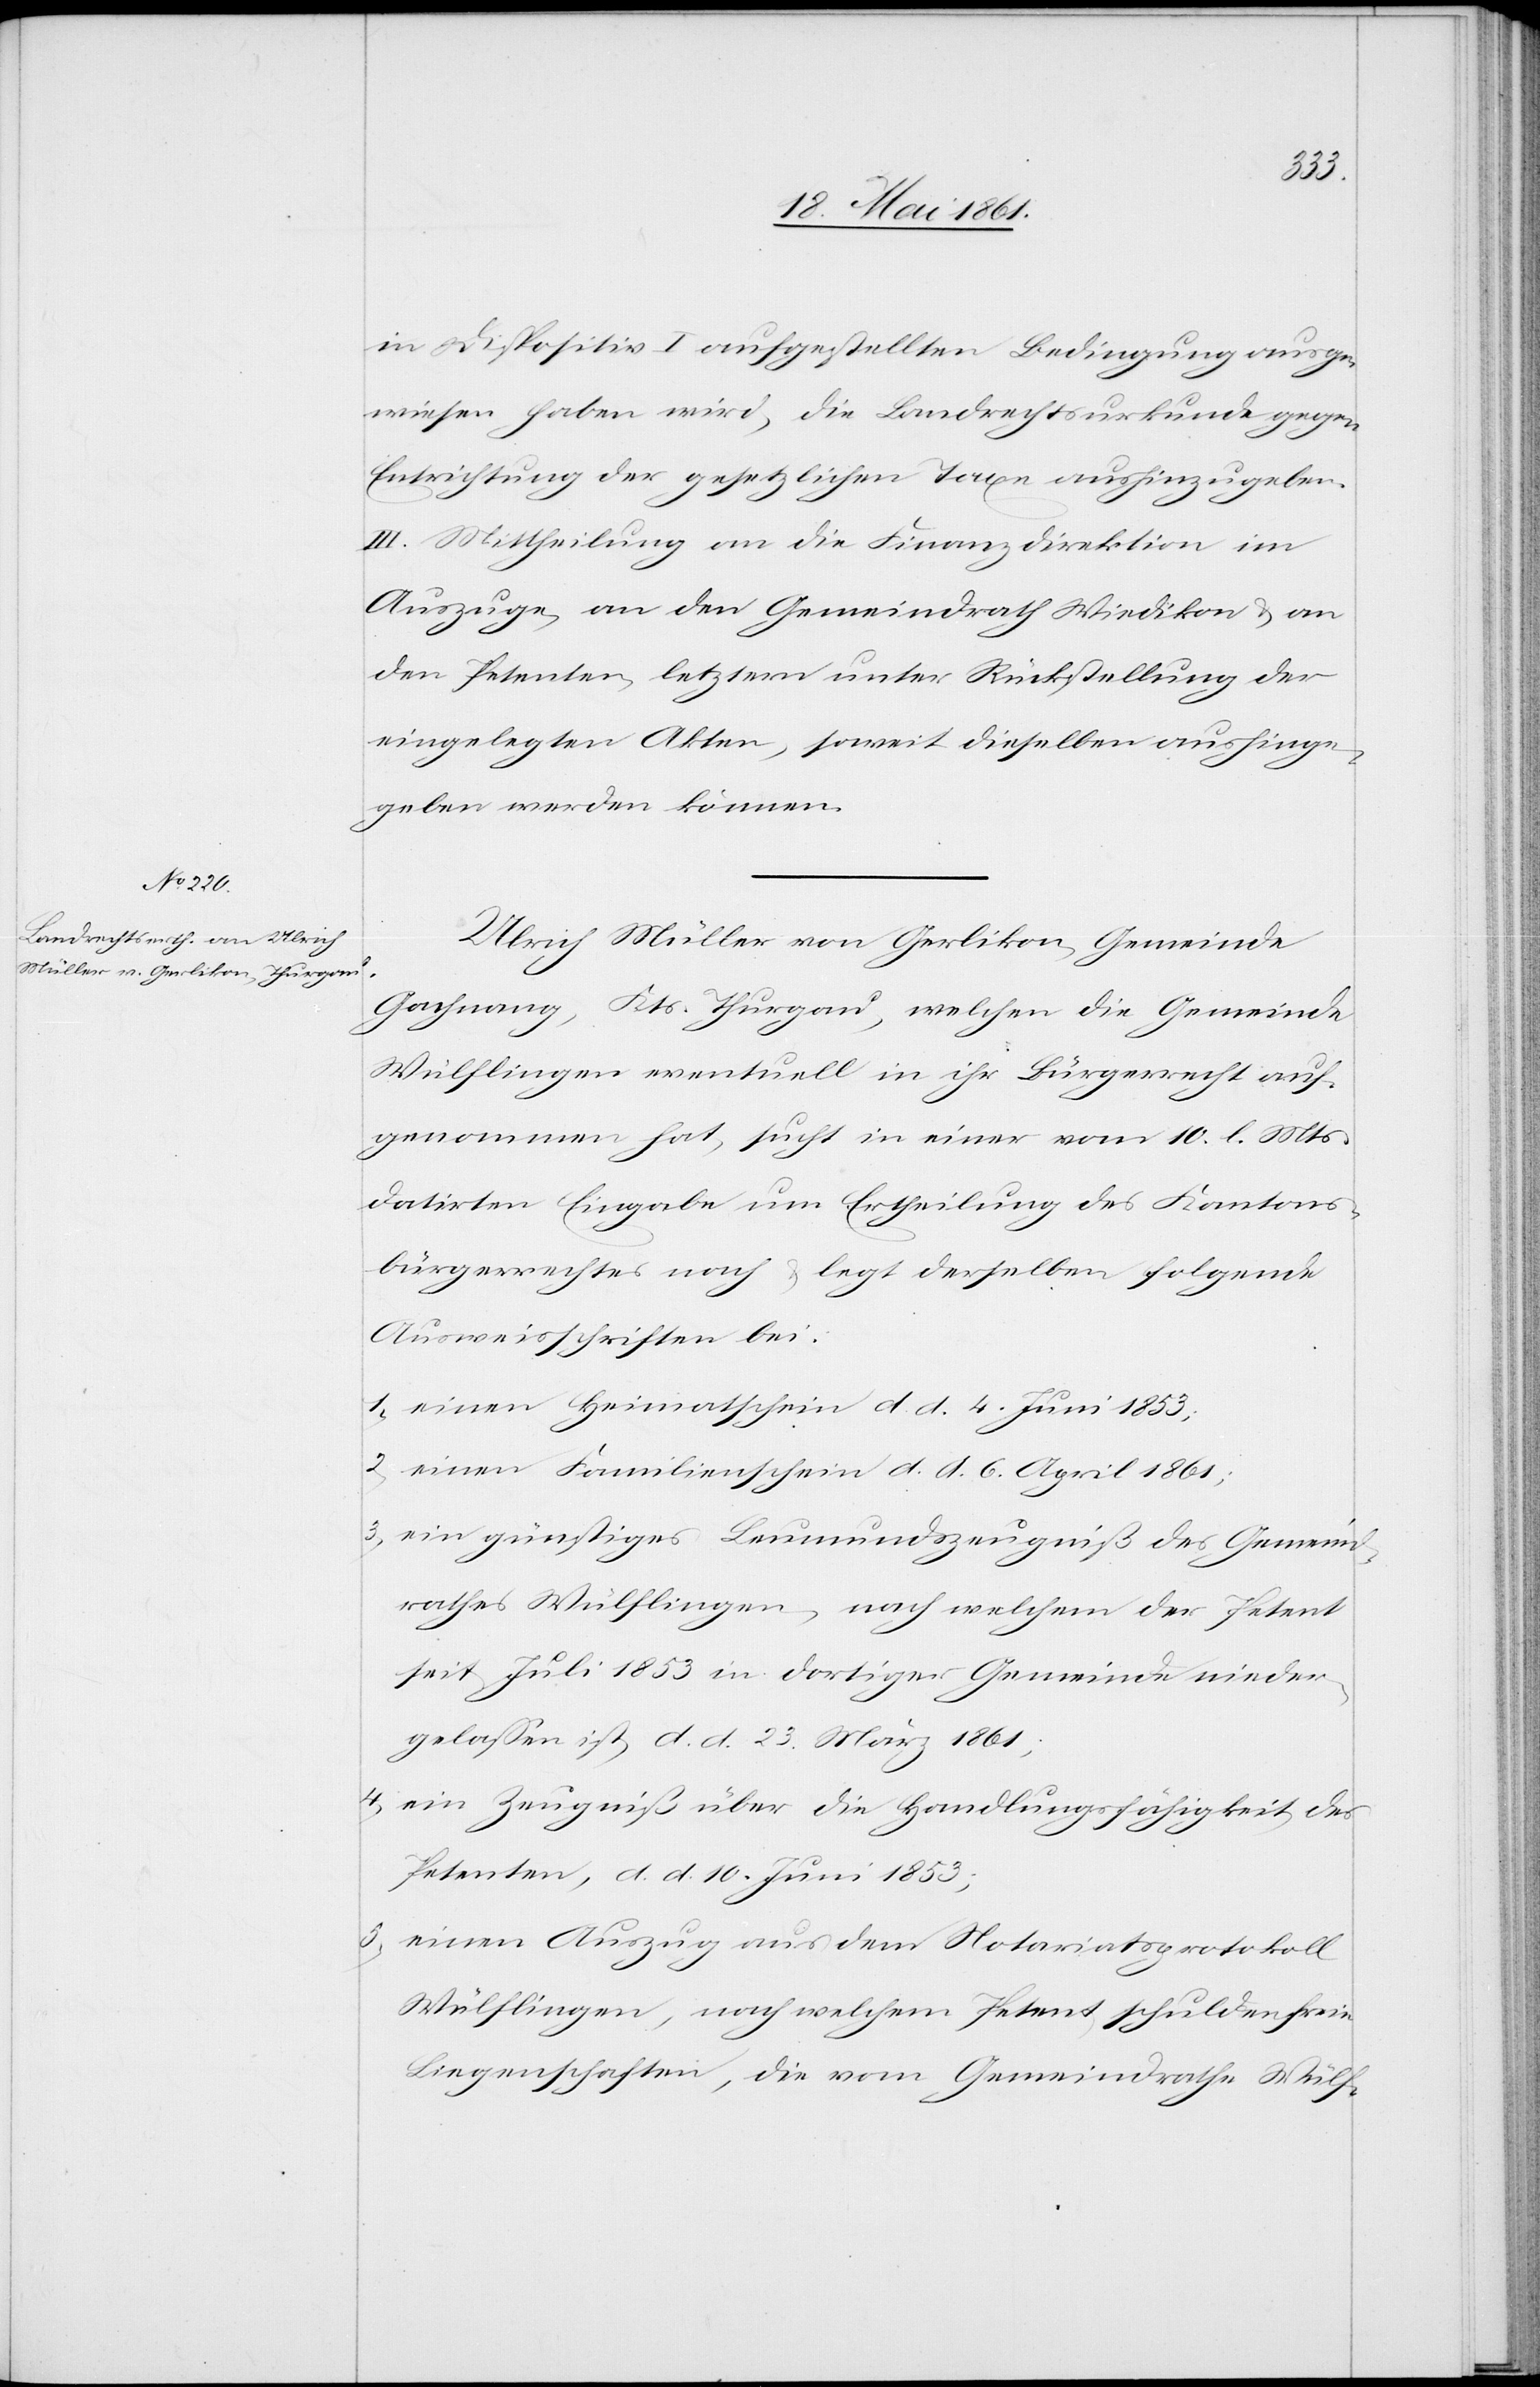
in Dispositiv I aufgestellten Bedingung ausge¬
wiesen haben wird, die Landrechtsurkunde gegen
Entrichtung der gesetzlichen Taxe aushinzugeben.
III. Mittheilung an die Finanzdirektion im
Auszuge, an den Gemeindrath Wiedikon u. an
den Petenten, letztern unter Rückstellung der
eingelegten Akten, soweit dieselben aushinge¬
geben werden können.
Ulrich Müller von Gerlikon, Gemeinde
Gachnang, Kts. Thurgau, welchen die Gemeinde
Wülflingen eventuell in ihr Bürgerrecht auf¬
genommen hat, sucht in einer vom 10. l. Mts.
datirten Eingabe um Ertheilung des Kantons¬
bürgerrechtes nach u. legt derselben folgende
Ausweisschriften bei.
1) einen Heimatschein d. d. 4. Juni 1853;
2) einen Familienschein d. d. 6. April 1861;
3) ein günstiges Leumundszeugniß des Gemeind¬
rathes Wülflingen, nach welchem der Petent
seit Juli 1853 in dortiger Gemeinde nieder¬
gelassen ist, d. d. 23. März 1861;
4) ein Zeugniß über die Handlungsfähigkeit des
Petenten, d. d. 10. Juni 1853;
5) einen Auszug aus dem Notariatsprotokoll
Wülflingen, nach welchem Petent schuldenfreie
Liegenschaften, die vom Gemeindrathe Wülf-